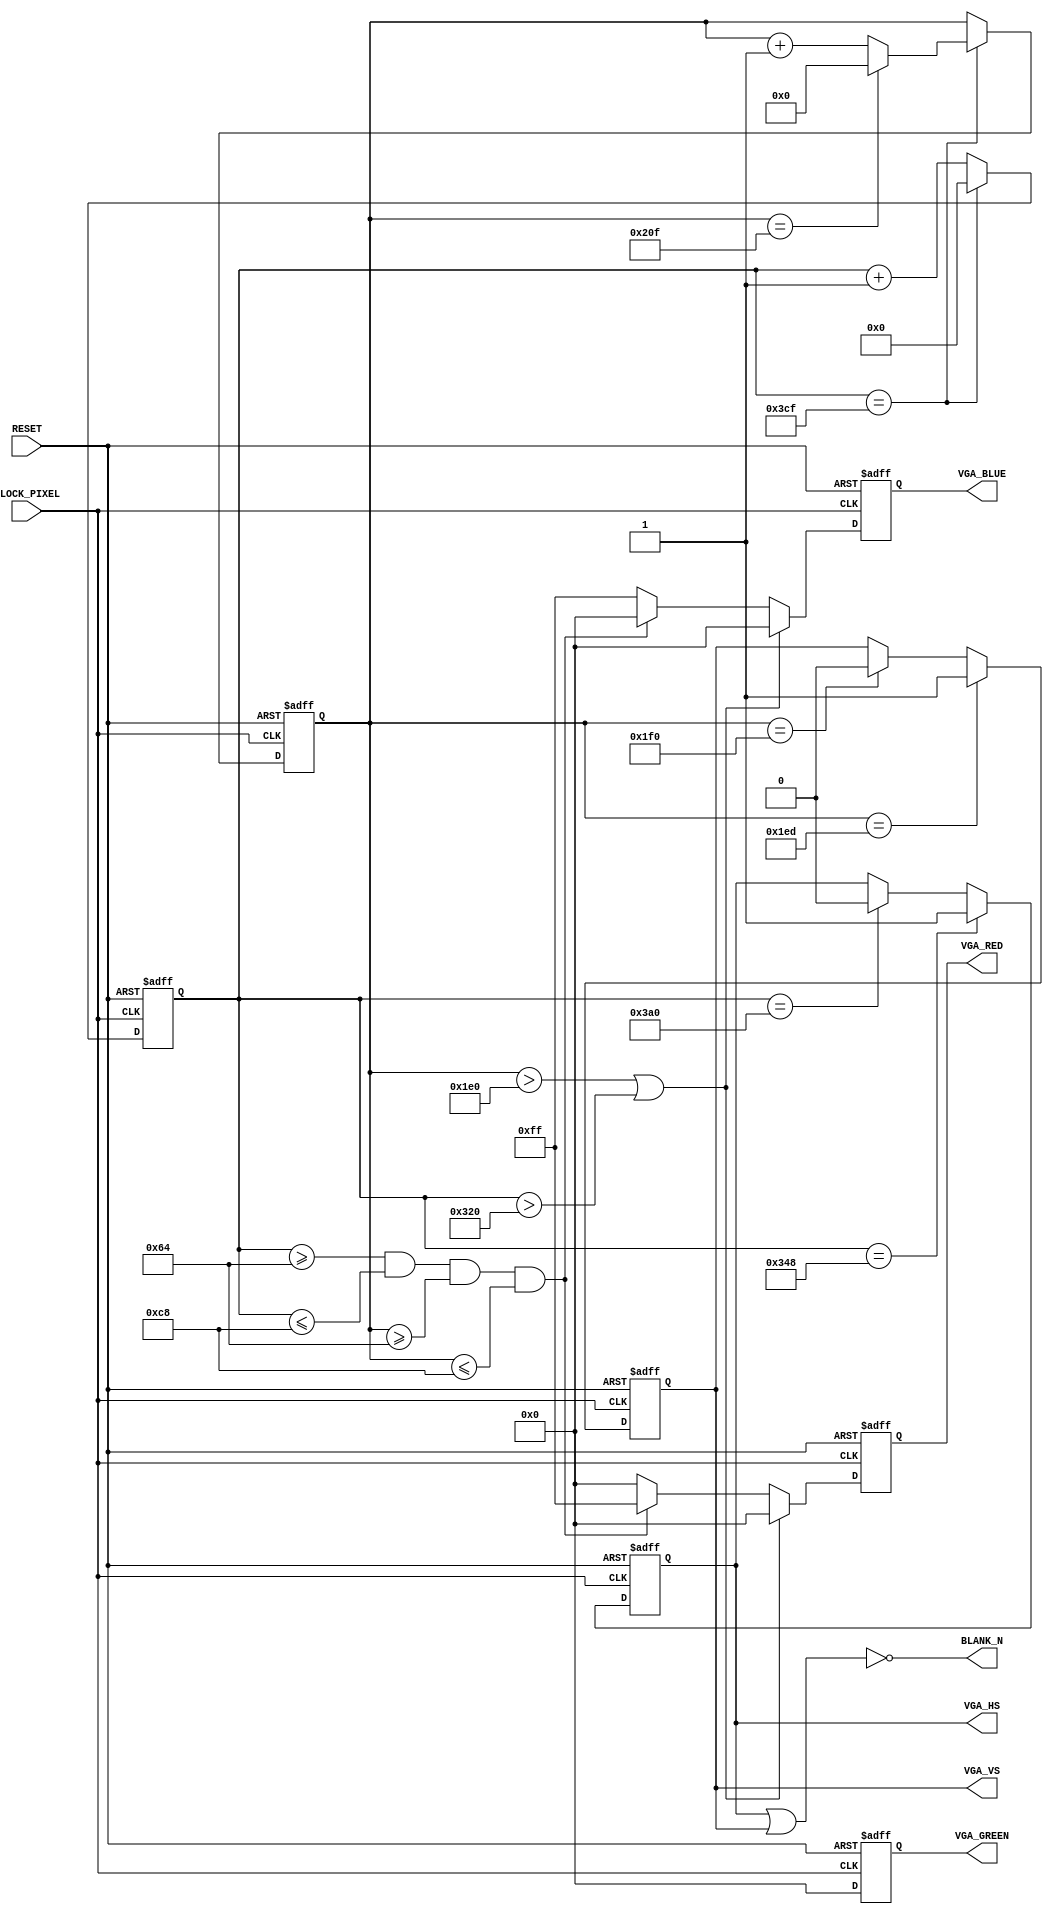
module vga_demo
    (
        CLOCK_PIXEL,
        RESET,
        VGA_RED,
        VGA_GREEN,
        VGA_BLUE,
        VGA_HS,
        VGA_VS,
        BLANK_N
    );
    input CLOCK_PIXEL;
    input RESET;
    output [7:0] VGA_RED;
    output [7:0] VGA_GREEN;
    output [7:0] VGA_BLUE;
    output VGA_HS;
    output VGA_VS;
    output BLANK_N;
    
    wire r_blank;


    /* Internal registers for horizontal signal timing */
    reg [10:0] hor_reg; // to count up to 975
    reg [10:0] hor_pixel; // the next pixel
    reg hor_sync;
    wire hor_max = (hor_reg == 975); // to tell when a line is full

    /* Internal registers for vertical signal timing */
    reg [9:0] ver_reg; // to count up to 527
    reg [10:0] ver_pixel; // the next pixel
    reg ver_sync;
    reg [7:0] red;
    reg [7:0] green;
    reg [7:0] blue;
    wire ver_max = (ver_reg == 527); // to tell when a line is full


    // Track the pixel count
    always @ (posedge CLOCK_PIXEL or posedge RESET) begin

        if (RESET) begin 
            hor_reg <= 0;
            ver_reg <= 0;
        end
        else if (hor_max) begin
            hor_reg <= 0;

            // end of screen
            if (ver_max) begin
                ver_reg <= 0;
            end else begin
                ver_reg <= ver_reg + 1'b1;
            end
        end else begin
            hor_reg <= hor_reg + 1'b1;
        end

    end
    
    always @ (posedge CLOCK_PIXEL or posedge RESET) begin
    
        if (RESET) begin 
            hor_sync <= 0;
            ver_sync <= 0;
            
            red <= 0;
            green <= 0;
            blue <= 0;
            
            hor_pixel <= 0;
            ver_pixel <= 0;
        end
        else begin

            // Generating the horizontal sync signal 
            if (hor_reg == 840) begin          // video (800) + front porch (40)
                hor_sync <= 1;                 // turn on horizontal sync pulse
            end else if (hor_reg == 928) begin // video (800) + front porch (40) + Sync Pulse (88)
                hor_sync <= 0;                 // turn off horizontal sync pulse
            end
            
            // Generating the vertical sync signal 
            if (ver_reg == 493) begin          // LINES: video (480) +  front porch (13)
                ver_sync <= 1;                 // turn on vertical sync pulse
            end else if (ver_reg == 496) begin // LINES: video (480) + front porch (13) + Sync Pulse (3)
                ver_sync <= 0;                 // turn off vertical sync pulse
            end
                
            // black during the porches
            if (ver_reg > 480 || hor_reg > 800) begin
                red <= 8'b0;
                green <= 8'b0;
                blue <= 8'b0;
                
                if (ver_reg > 480) begin
                    ver_pixel <= 0;
                end 
                if (hor_reg > 800) begin
                    hor_pixel <= 0;
                end 
                
            end
            
            else begin
                hor_pixel <= hor_reg;
                ver_pixel <= ver_reg;
                
                
                // Draw a single square.
                if (hor_reg >= 100 && hor_reg <= 200 && ver_reg >= 100 && ver_reg <= 200) begin
                    red <= 8'b1111_1111;
                    green <= 8'b0;
                    blue <= 8'b0;
                end 
                else begin
                    red <= 8'b0;
                    green <= 8'b0;
                    blue <= 8'b1111_1111;
                end
                

            end
        end
    end

    // Send the sync signals to the output.
    assign VGA_HS = hor_sync;
    assign VGA_VS = ver_sync;
    assign r_blank = VGA_HS || VGA_VS;
    assign BLANK_N = !r_blank;
 
    assign VGA_RED =  red;
    assign VGA_GREEN = green;
    assign VGA_BLUE = blue;

endmodule